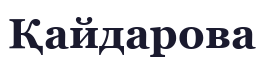
Қайдарова